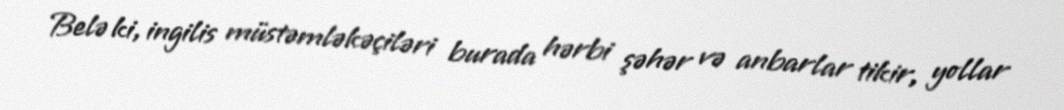
Belə ki, ingilis müstəmləkəçiləri burada hərbi şəhər və anbarlar tikir, yollar